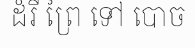
ដំរី ព្រៃ ទៅ បោច